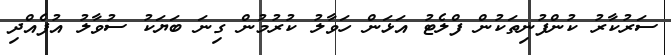
ސަރުކާރު ކުންފުނިތަކުން ފްލެޓު އަޅަން ހަވާލު ކުރުމުން ގިނަ ބަޔަކު ސުވާލު އުފެއްދި